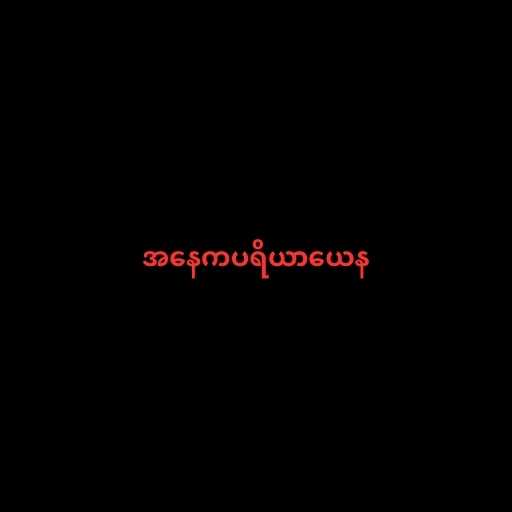
အနေကပရိယာယေန